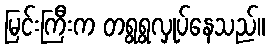
မြင်းကြီးက တရွရွလှုပ်နေသည်။